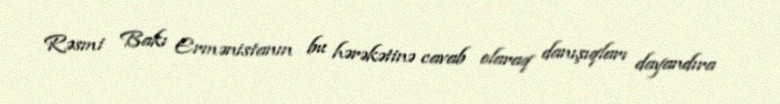
Rəsmi Bakı Ermənistanın bu hərəkətinə cavab olaraq danışıqları dayandıra